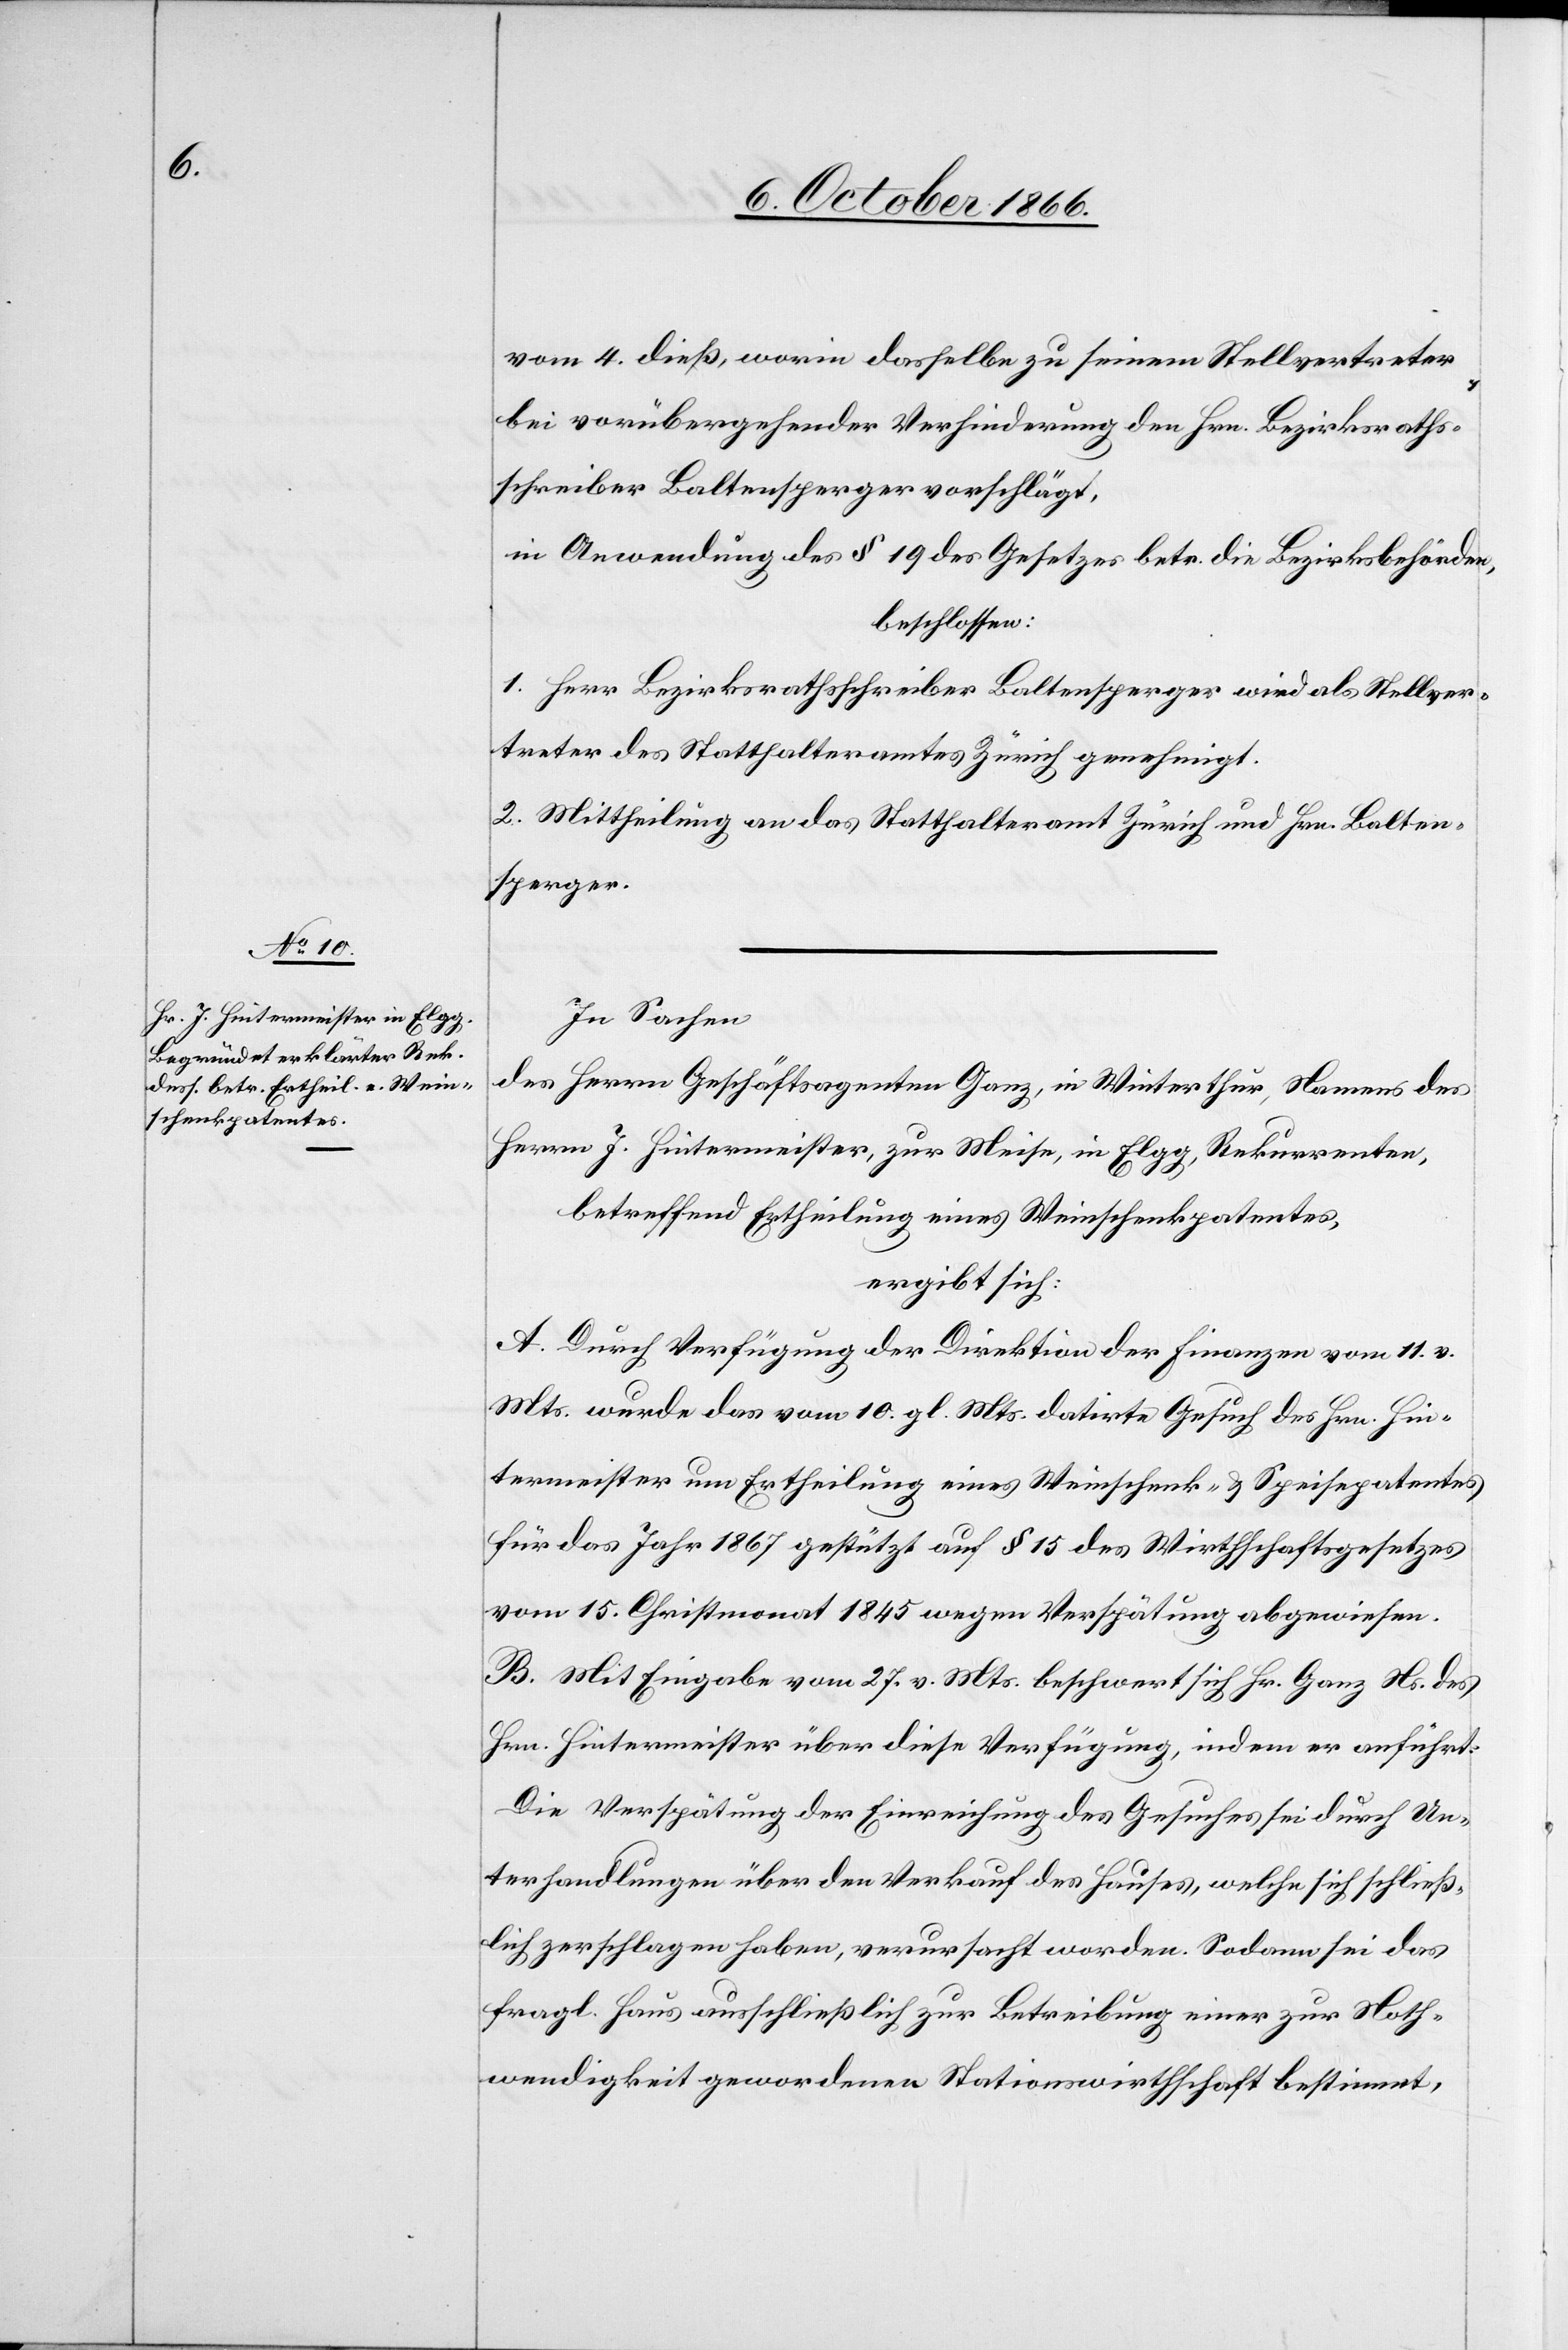
vom 4. dieß, worin dasselbe zu seinem Stellvertreter
bei vorübergehender Verhinderung den Hrn. Bezirksraths¬
schreiber Baltensperger vorschlägt,
in Anwendung des § 19 des Gesetzes betr. die Bezirksbehörden,
beschlossen:
1. Herr Bezirksrathsschreiber Baltensperger wird als Stellver¬
treter des Statthalteramtes Zürich genehmigt.
2. Mittheilung an das Statthalteramt Zürich und Hrn. Balten¬
sperger.
In Sachen
des Herrn Geschäftsagenten Ganz, in Winterthur, Namens des
Herrn J. Hintermeister, zur Meise, in Elgg, Rekurrenten,
betreffend Ertheilung eines Weinschenkpatentes,
ergibt sich:
A. Durch Verfügung der Direktion der Finanzen vom 11. v.
Mts wurde das vom 10. gl. Mts. datirte Gesuch des Hrn. Hin¬
termeister um Ertheilung eines Weinschenk- & Speisepatentes
für das Jahr 1867 gestützt auf § 15 des Wirthschaftsgesetzes
vom 15. Christmonat 1845 wegen Verspätung abgewiesen.
B. Mit Eingabe vom 27. v. Mts. beschwert sich Hr. Ganz Ns. des
Hrn. Hintermeister über diese Verfügung, indem er anführt:
Die Verspätung der Einreichung des Gesuches sei durch Un¬
terhandlungen über den Verkauf des Hauses, welche sich schließ¬
lich zerschlagen haben, verursacht worden. Sodann sei das
fragl. Haus ausschließlich zur Betreibung einer zur Noth¬
wendigkeit gewordenen Stationswirthschaft bestimmt,